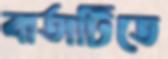
বার্তাটিতে